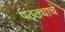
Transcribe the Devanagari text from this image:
पठ्ठ्याचे